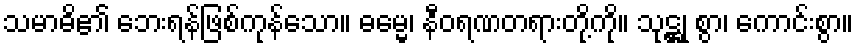
သမာဓိ၏ ဘေးရန်ဖြစ်ကုန်သော။ ဓမ္မေ၊ နီဝရဏတရားတို့ကို။ သုဋ္ဌု စွာ၊ ကောင်းစွာ။